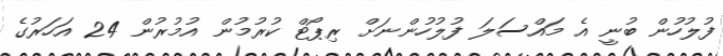
ފުލުހުން ބުނީ އެ މައްސަލަ ފުލުހުންނަށް ރިޕޯޓް ކުރުމުން އުމުރުން 24 އަހަރުގެ